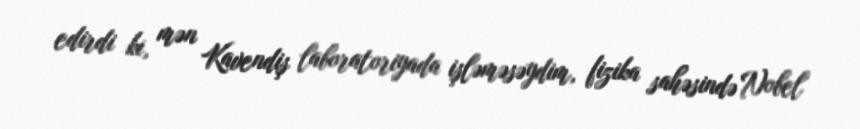
edirdi ki, mən Kavendiş laboratoriyada işləməsəydim, fizika sahəsində Nobel